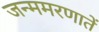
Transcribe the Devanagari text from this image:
जन्ममरणातें